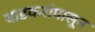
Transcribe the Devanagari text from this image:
वाडकरांपासून